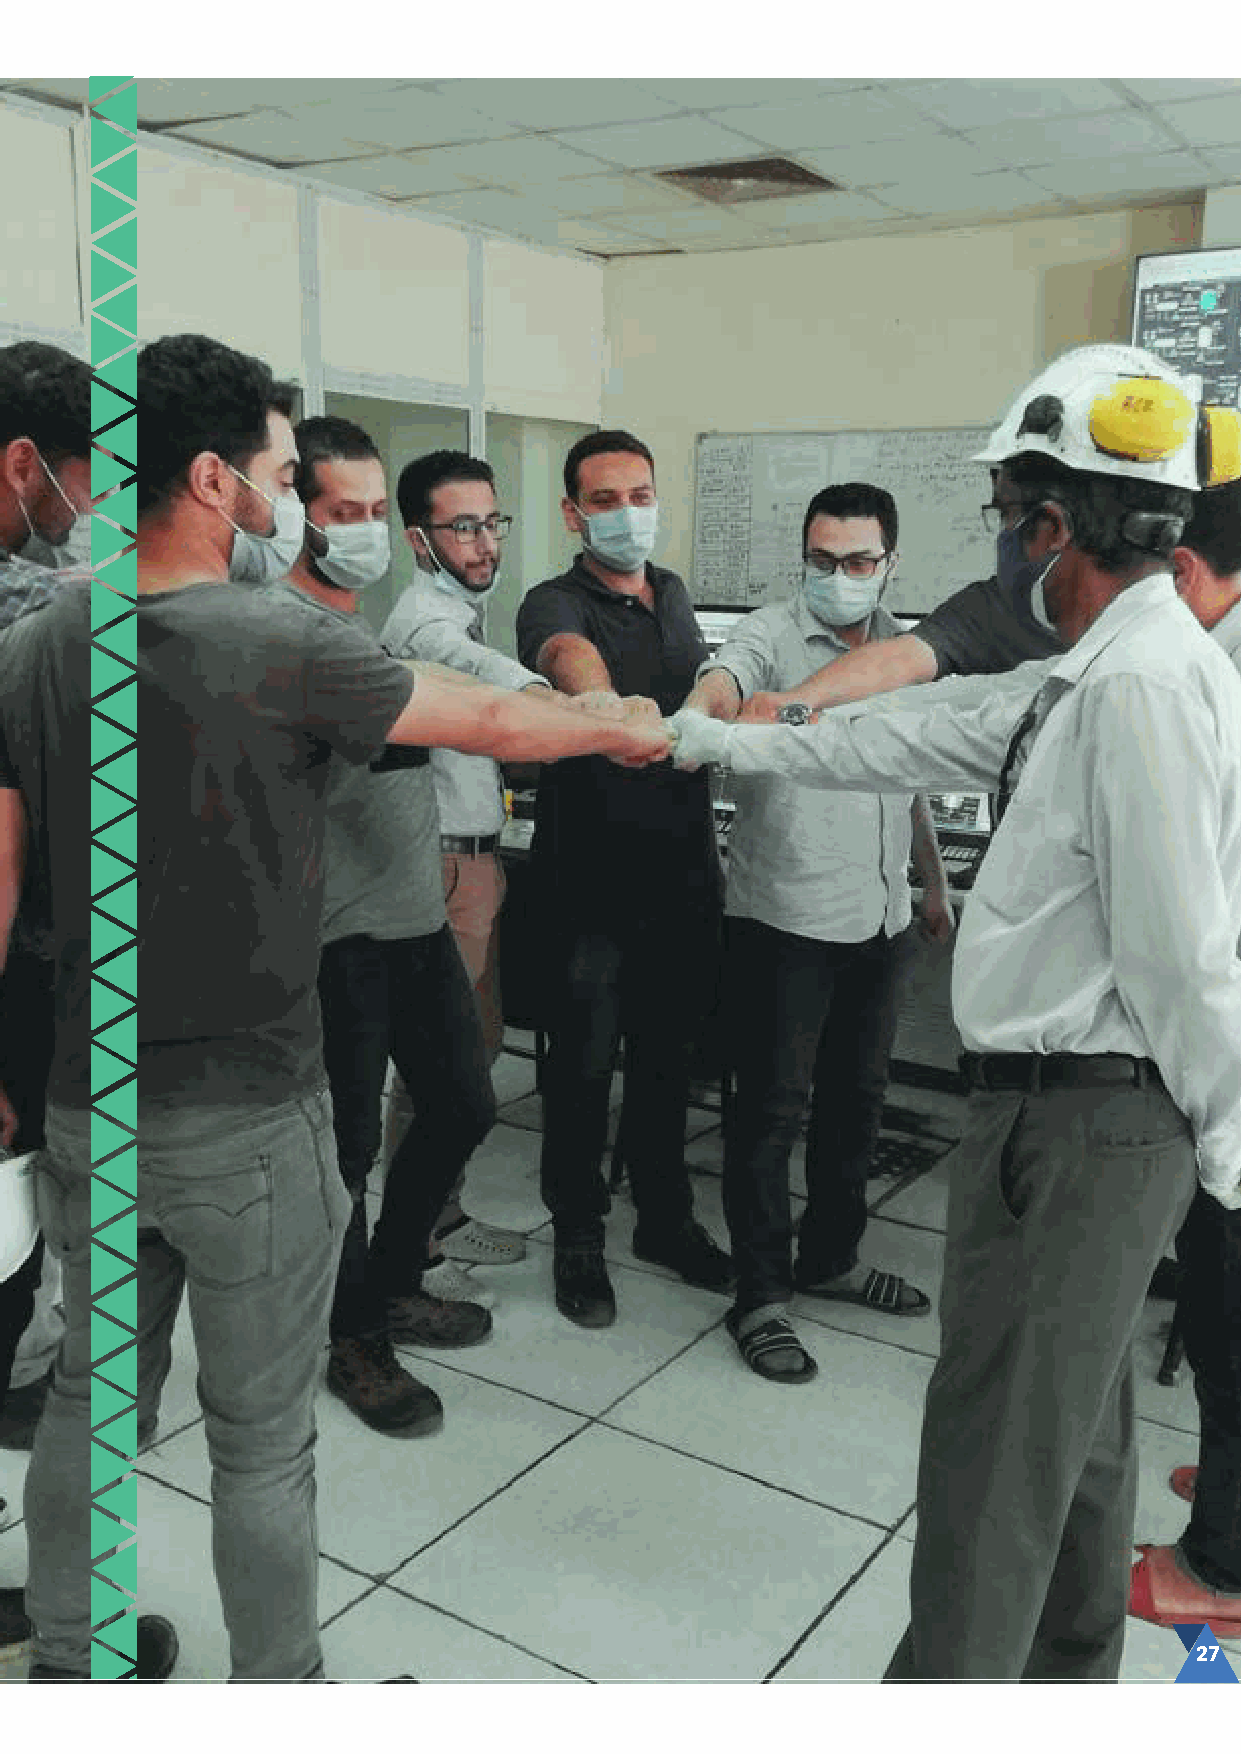
02.
 The Calibers
 Creating Our
 Success
 Safe Working Environment
 Employees Satisfaction Principles
 Hiring Process
 Working on Our Shortcomings
 Establishing TCI Sanmar Training Center
 Human Resources and COVID-19
 26 TCI SANMAR CHEMICALS S.A.E                           2020 SUSTAINABILITY REPORT 27